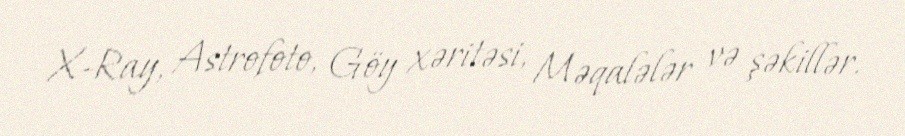
X-Ray, Astrofoto, Göy xəritəsi, Məqalələr və şəkillər.